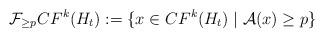
\begin{align*}\mathcal{F}_{\geq p} CF^{k}(H_{t}):= \lbrace x\in CF^{k}(H_{t})\mid \mathcal{A}(x)\geq p\rbrace\end{align*}